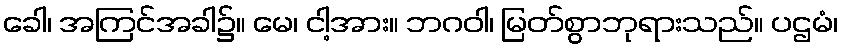
ခေါ၊ အကြင်အခါ၌။ မေ၊ ငါ့အား။ ဘဂဝါ၊ မြတ်စွာဘုရားသည်။ ပဌမံ၊